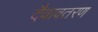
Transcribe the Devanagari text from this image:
दैवावतरण